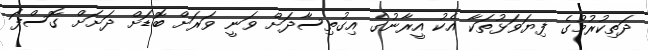
ދަތިކުރުމުގެ ފިޔަވަޅުތަކާ އެކު އީރާނުގެ އިގުތިސާދަށް ވަނީ ވަރަށް ބޮޑަށް ދަށަށް ގޮސްފަ